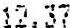
12.37